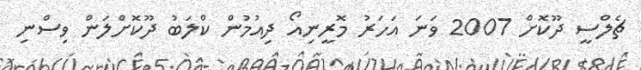
ޗެލްސީ ދޫކޮށް 2007 ވަނަ އަހަރު މޮރީނިއޯ ދިއުމުން ކްލަބު ދޫކޮށްލަން ވިސްނި